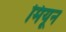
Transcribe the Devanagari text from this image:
मियून